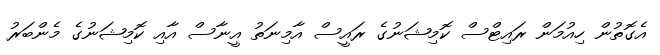
އެގޮތުން ހިއުމަން ރައިޓްސް ކޮމިޝަނުގެ ރައީސް އާމިނަތު އީނާސް އާއި ކޮމިޝަނުގެ މެންބަރު